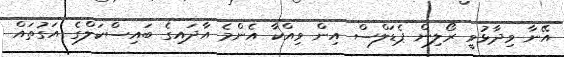
އޭނާ ވިދާޅުވީ ރޯލިން ޕެޑަލްސް އިން ވިއްކާ އެންމެ އާދައިގެ ބައިސްކަލްގެ އަގުތައް